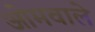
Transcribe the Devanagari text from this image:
ओमवाले